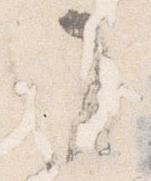
了